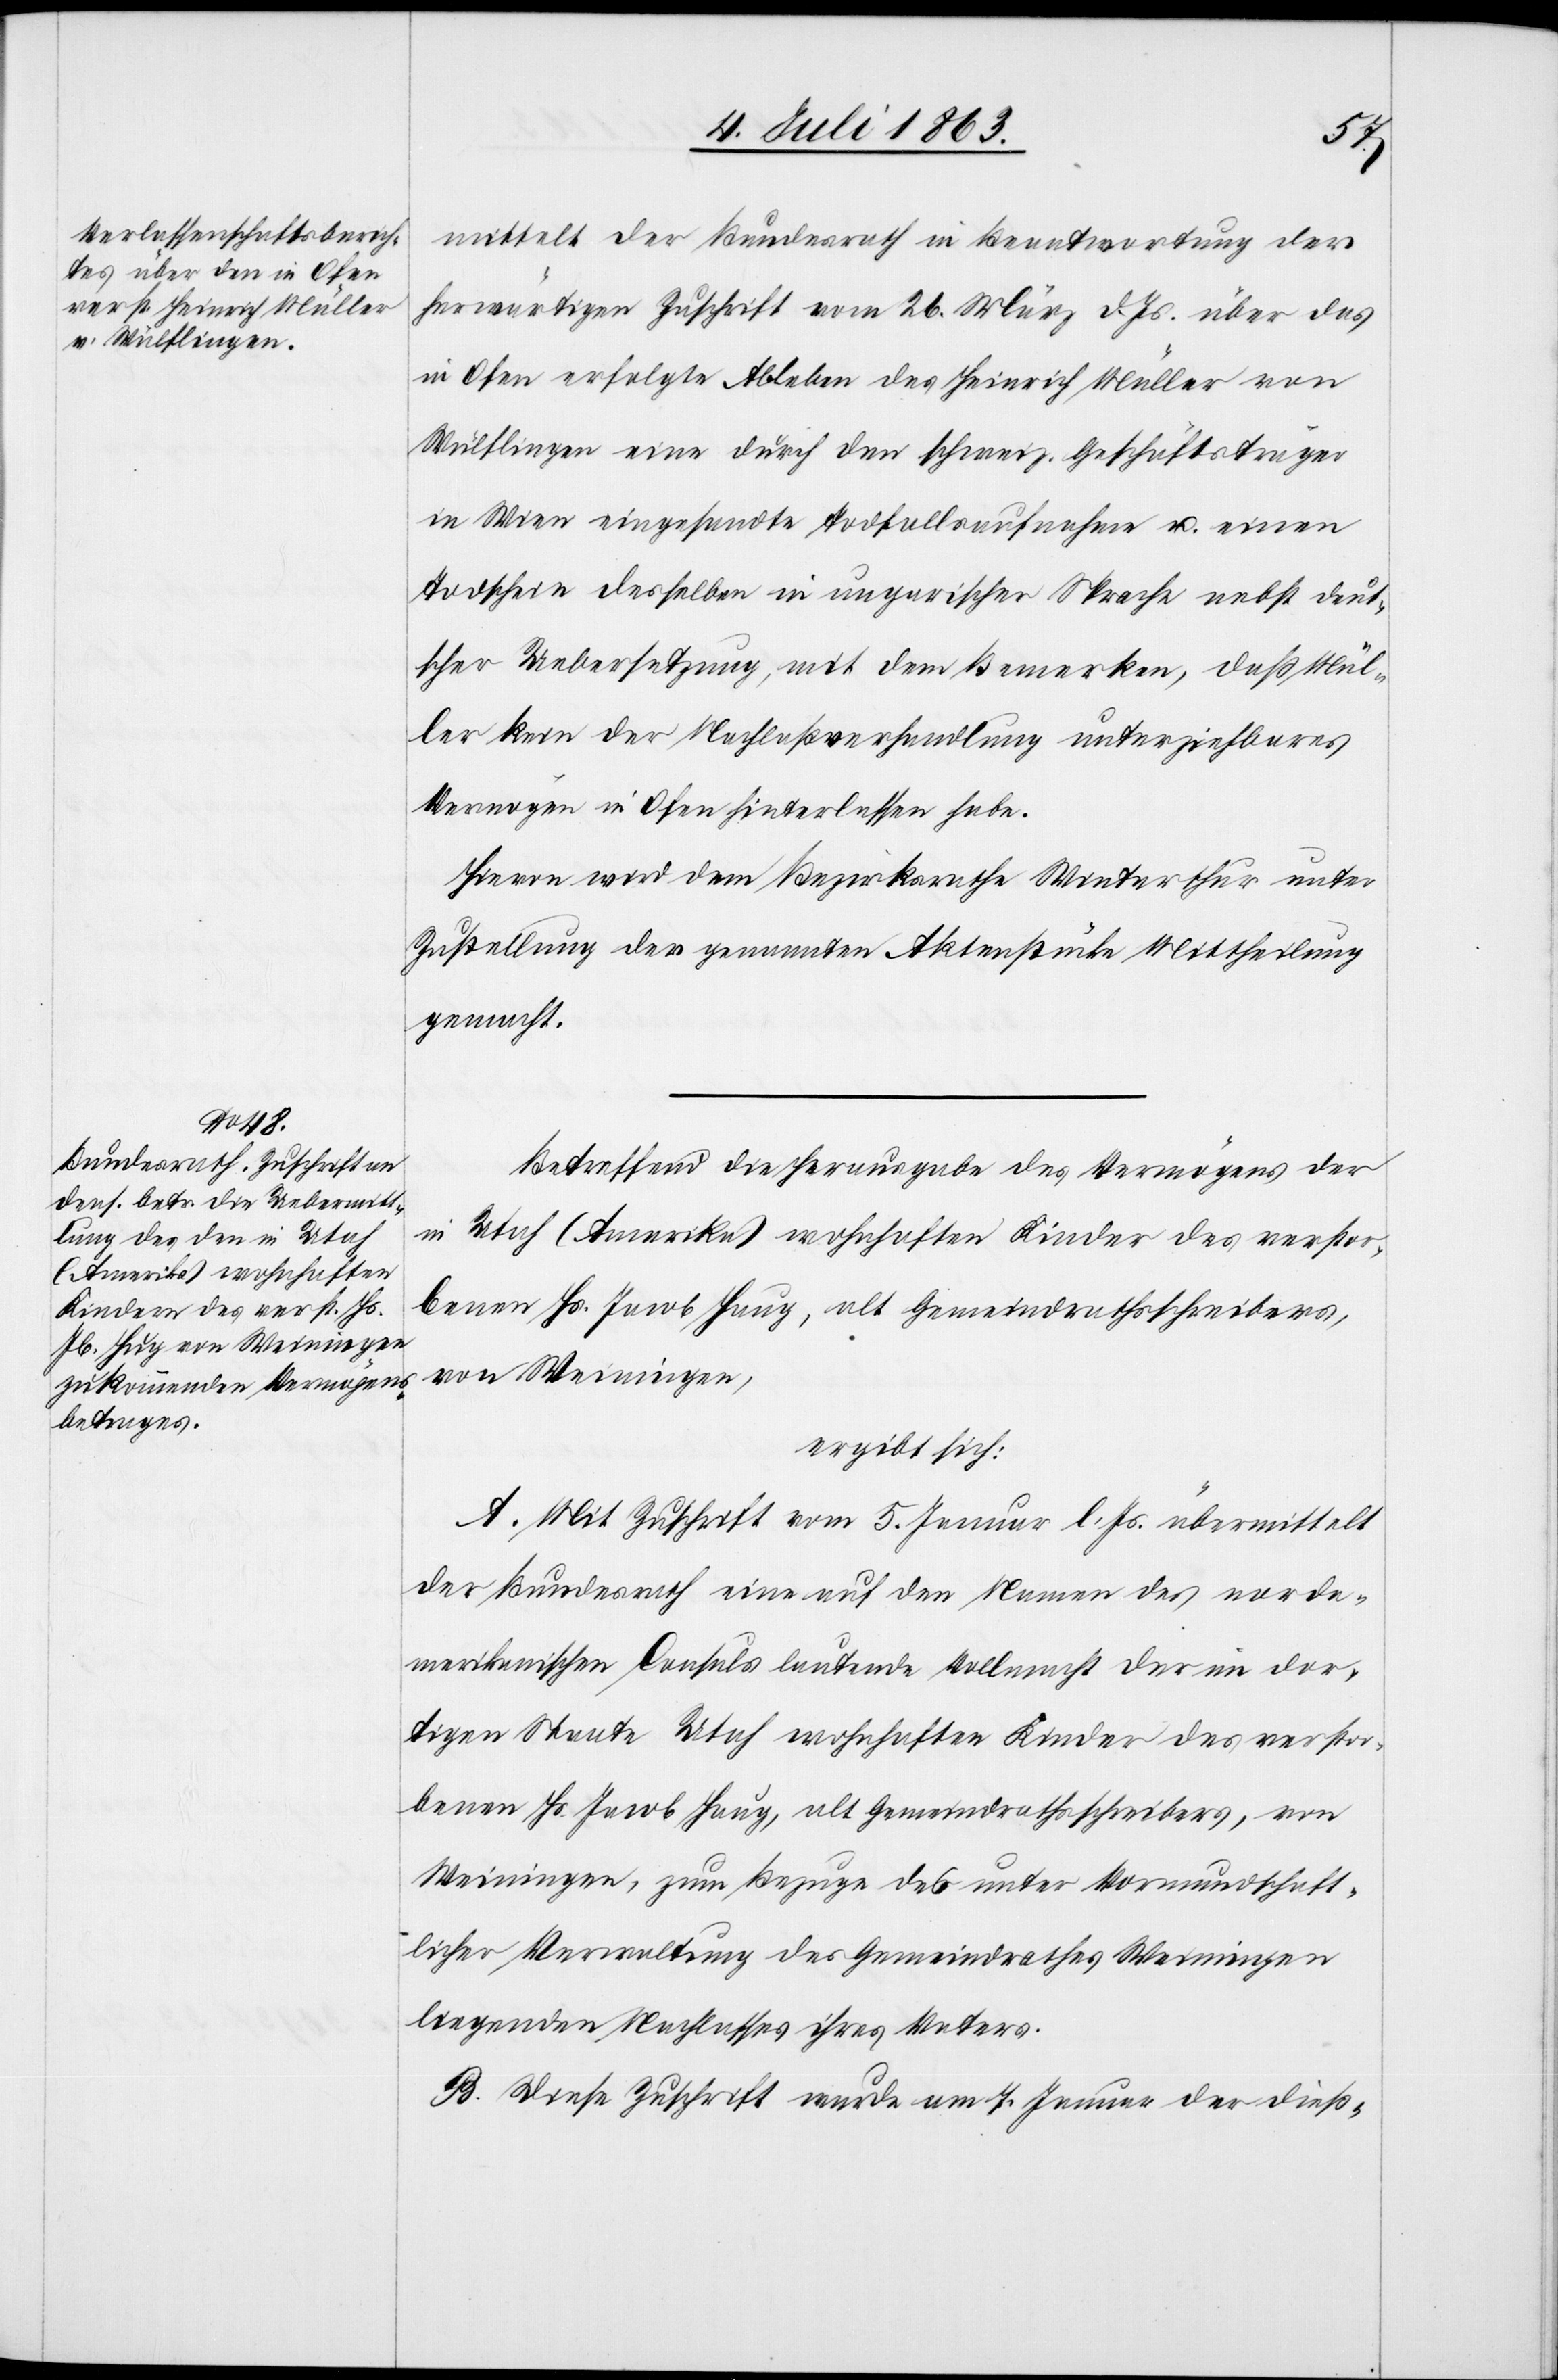
8. Juli 1863.]
mittelt der Bundesrath in Beantwortung der
herwärtigen Zuschrift vom 26. März d. Js. über das
in Ofen erfolgte Ableben des Heinrich Müller von
Wülflingen eine durch den schweiz. Geschäftsträger
in Wien eingesandte Todfallsaufnahme u. einen
Todschein desselben in ungarischer Sprache nebst deut¬
scher Uebersetzung, mit dem Bemerken, daß Mül¬
ler kein der Nachlaßverhandlung unterziehbares
Vermögen in Ofen hinterlassen habe.
Hievon wird dem Bezirksrathe Winterthur unter
Zustellung der genannten Aktenstücke Mittheilung
gemacht.
Betreffend die Herausgabe des Vermögens der
in Utah (Amerika) wohnhaften Kinder des verstor¬
benen Hs. Jacob Haug [sic!], alt Gemeindrathsschreibers,
von Weiningen,
ergibt sich:
A. Mit Zuschrift vom 5. Januar l. Js. übermittelt
der Bundesrath eine auf den Namen des norda¬
merikanischen Consuls lautende Vollmacht der im dor¬
tigen Staate Utah wohnhaften Kinder des verstor¬
benen Hs. Jacob Haug, alt Gemeindrathsschreibers, von
Weinigen, zum Bezuge des unter Vormundschaft¬
licher Verwaltung des Gemeindrathes Weiningen
liegenden Nachlasses ihres Vaters.
B. Diese Zuschrift wurde am 7. Januar der dieß-